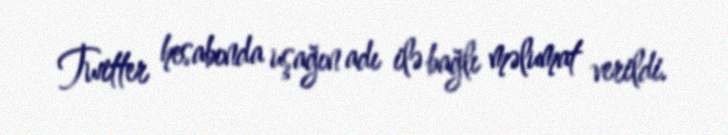
Twitter hesabında uşağın adı ilə bağlı məlumat verildi.